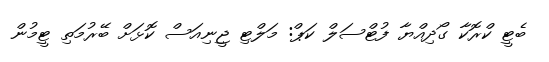
ބެޓީ ކްރޮކާ ގޯދިއްޔާ ފުޓްސަލް ކަޕް: މަލްޓި ޖީނިއަސް ކޮޅަށް ބޭރުމަތި ޓީމުން